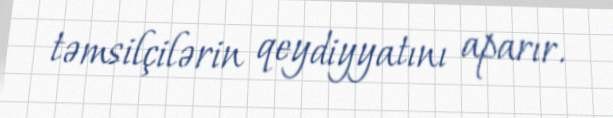
təmsilçilərin qeydiyyatını aparır.